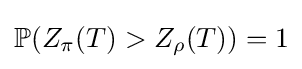
\mathbb {P} (Z_{\pi }(T)>Z_{\rho }(T))=1